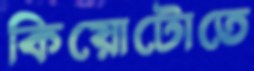
কিয়োটোতে